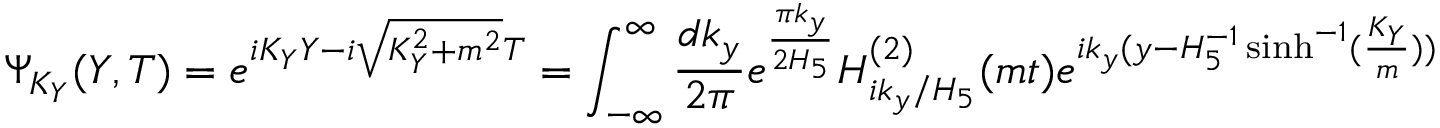
\Psi _ { K _ { Y } } ( Y , T ) = e ^ { i K _ { Y } Y - i \sqrt { K _ { Y } ^ { 2 } + m ^ { 2 } } T } = \int _ { - \infty } ^ { \infty } \frac { d k _ { y } } { 2 \pi } e ^ { \frac { \pi k _ { y } } { 2 H _ { 5 } } } H _ { i k _ { y } / H _ { 5 } } ^ { ( 2 ) } ( m t ) e ^ { i k _ { y } ( y - H _ { 5 } ^ { - 1 } \sinh ^ { - 1 } ( \frac { K _ { Y } } { m } ) ) }